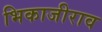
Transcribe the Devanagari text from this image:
भिकाजीराव